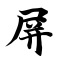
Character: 屏